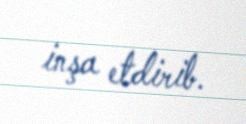
inşa etdirib.